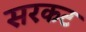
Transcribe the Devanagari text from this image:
सरकट